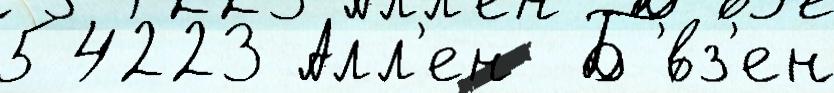
54223 Алл'ен  Б'́вз'ен